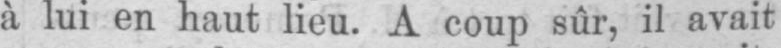
à lui en haut lieu. A coup sûr, il avait